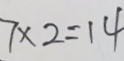
7 \times 2 = 1 4